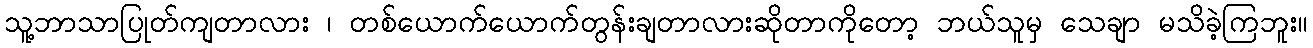
သူ့ဘာသာပြုတ်ကျတာလား ၊ တစ်ယောက်ယောက်တွန်းချတာလားဆိုတာကိုတော့ ဘယ်သူမှ သေချာ မသိခဲ့ကြဘူး။